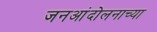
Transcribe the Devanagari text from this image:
जनआंदोलनाच्या